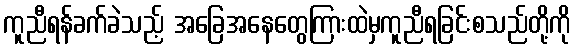
ကူညီရန်ခက်ခဲသည့် အခြေအနေတွေကြားထဲမှကူညီရခြင်းစသည်တို့ကို